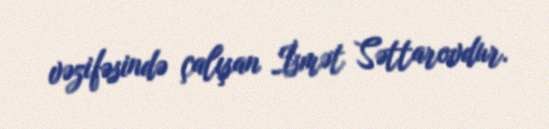
vəzifəsində çalışan İsmət Səttarovdur.